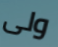
ولى